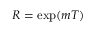
R = \exp ( m T )